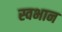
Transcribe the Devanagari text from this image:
स्वभान